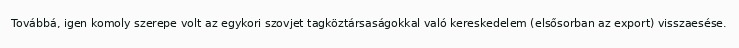
Továbbá, igen komoly szerepe volt az egykori szovjet tagköztársaságokkal való kereskedelem (elsősorban az export) visszaesése.